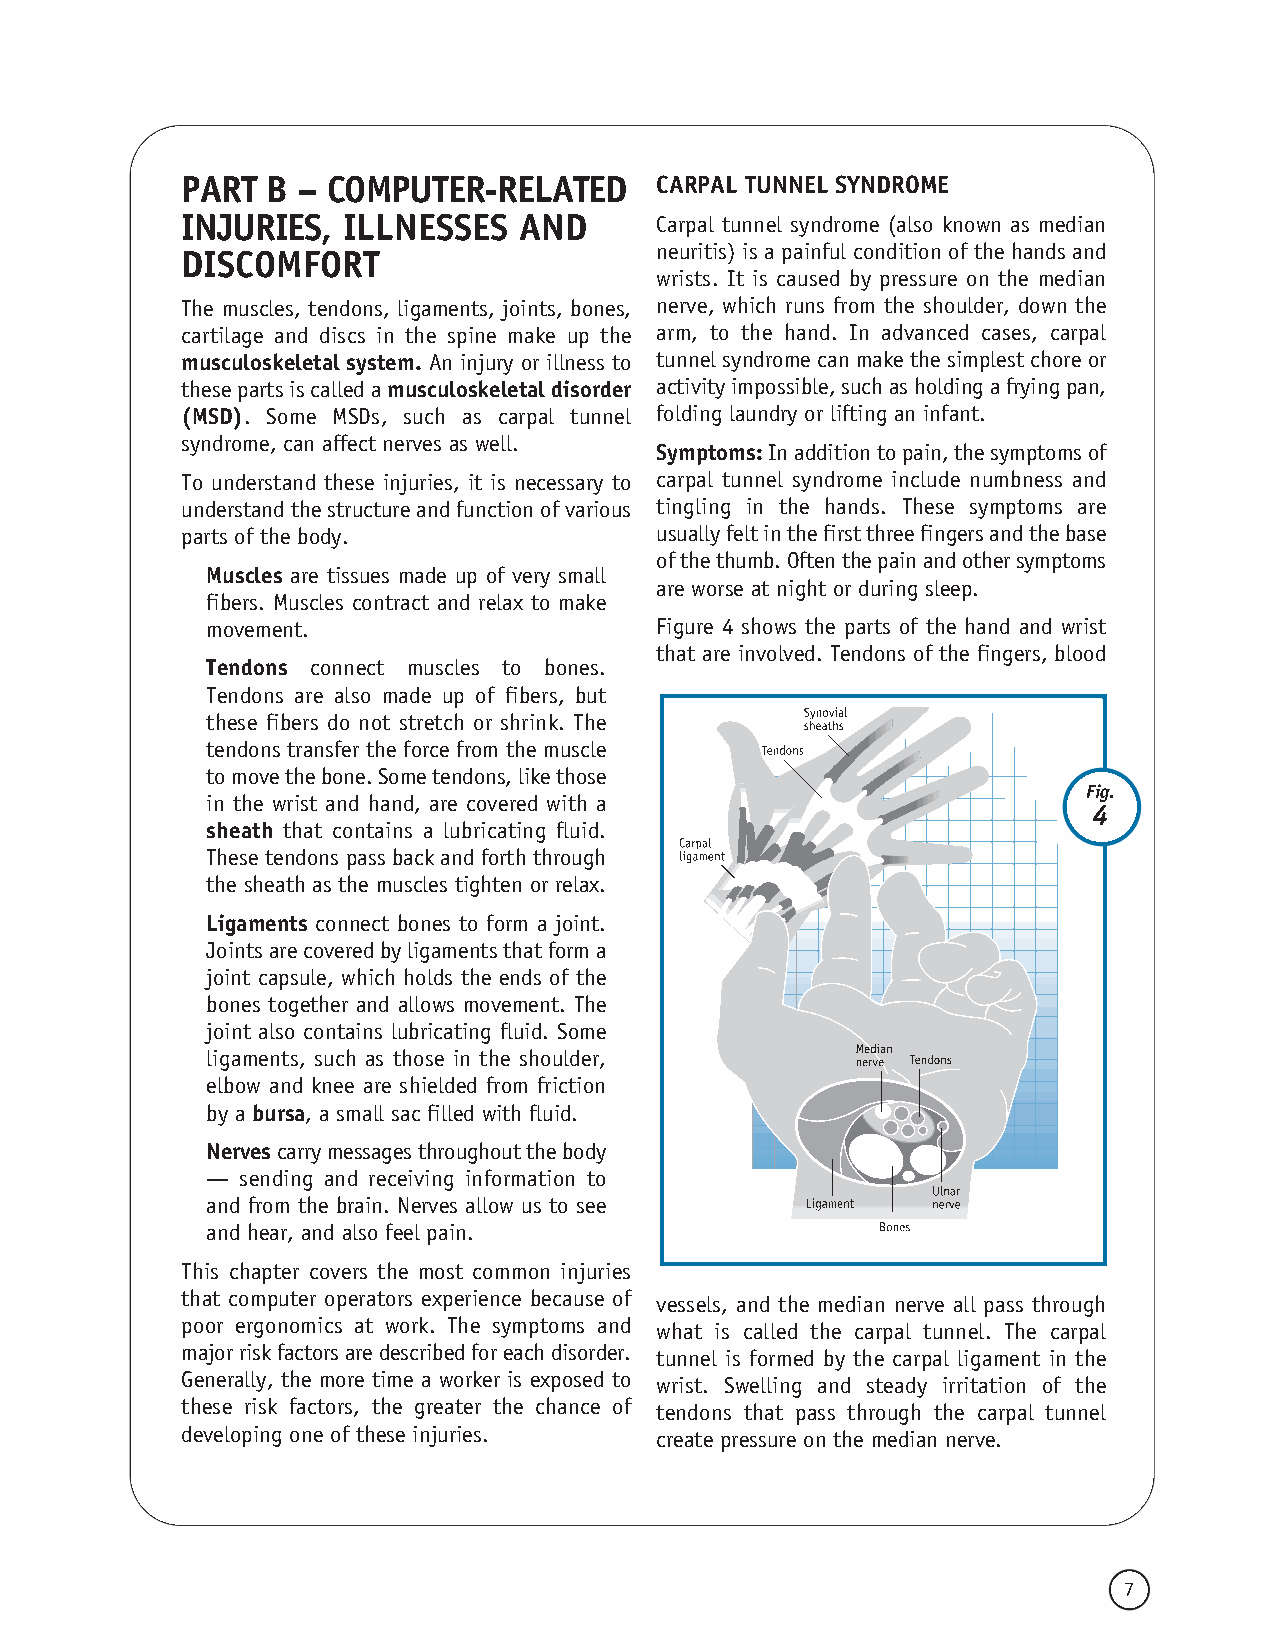
PART  B – COMPUTER-RELATED     CARPAL TUNNEL SYNDROME
 INJURIES,  ILLNESSES  AND      Carpal tunnel syndrome (also known as median
 neuritis) is a painful condition of the hands and
 DISCOMFORT
 wrists. It is caused by pressure on the median
 The muscles, tendons, ligaments, joints, bones, nerve, which runs from the shoulder, down the
 cartilage and discs in the spine make up the arm, to the hand. In advanced cases, carpal
 musculoskeletal system. An injury or illness to tunnel syndrome can make the simplest chore or
 thesepartsiscalledamusculoskeletaldisorder activityimpossible,suchasholdingafryingpan,
 (MSD). Some MSDs, such as carpal tunnel folding laundry or lifting an infant.
 syndrome, can affect nerves as well.
 Symptoms:Inadditiontopain,thesymptomsof
 To understand these injuries, it is necessary to carpal tunnel syndrome include numbness and
 understandthestructureandfunctionofvarious tingling in the hands. These symptoms are
 parts of the body.             usuallyfeltinthefirstthreefingersandthebase
 ofthethumb.Oftenthepainandothersymptoms
 Muscles are tissues made up of very small
 are worse at night or during sleep.
 fibers. Muscles contract and relax to make
 movement.                    Figure 4 shows the parts of the hand and wrist
 that are involved. Tendons of the fingers, blood
 Tendons connect muscles to bones.
 Tendons are also made up of fibers, but
 these fibers do not stretch or shrink. The
 tendons transfer the force from the muscle
 tomovethebone.Sometendons,likethose
 Fig.
 in the wrist and hand, are covered with a
 4
 sheath that contains a lubricating fluid.
 These tendons pass back and forth through
 the sheath as the muscles tighten or relax.
 Ligaments connect bones to form a joint.
 Jointsarecoveredbyligamentsthatforma
 joint capsule, which holds the ends of the
 bones together and allows movement. The
 joint also contains lubricating fluid. Some
 ligaments, such as those in the shoulder,
 elbow and knee are shielded from friction
 by a bursa, a small sac filled with fluid.
 Nervescarrymessagesthroughoutthebody
 — sending and receiving information to
 and from the brain. Nerves allow us to see
 and hear, and also feel pain.
 This chapter covers the most common injuries
 that computer operators experience because of vessels, and the median nerve all pass through
 poor ergonomics at work. The symptoms and what is called the carpal tunnel. The carpal
 majorriskfactorsaredescribedforeachdisorder. tunnel is formed by the carpal ligament in the
 Generally, the more time a worker is exposed to wrist. Swelling and steady irritation of the
 these risk factors, the greater the chance of tendons that pass through the carpal tunnel
 developing one of these injuries. create pressure on the median nerve.
 7